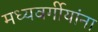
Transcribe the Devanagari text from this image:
मध्यवर्गीयांना